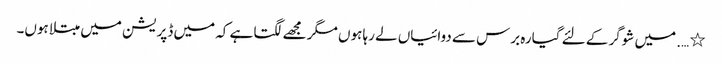
٭ …. میں شوگر کے لئے گیارہ برس سے دوائیاں لے رہا ہوں مگر مجھے لگتا ہے کہ میں ڈپریشن میں مبتلاہوں۔